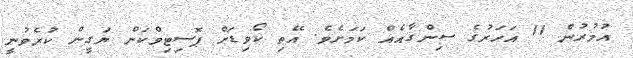
އުމުރުން 11 އަހަރުގެ ސިންގާއެއް ކަމަށެވެ. އޭތި ކޯވިޑަށް ޕޮސިޓިވްކަން ޔަގީން ކުރެވުނީ